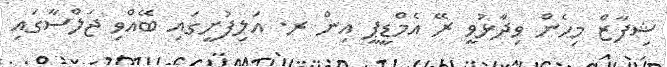
ޝިފާޒް މިހެން ވިދާޅުވީ ރޭ އެމްޑީޕީ އިން ރ. އަލިފުށީގައި ބޭއްވި ޖަލްސާގައި